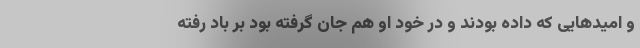
و امیدهایی که داده بودند و در خود او هم جان گرفته بود بر باد رفته